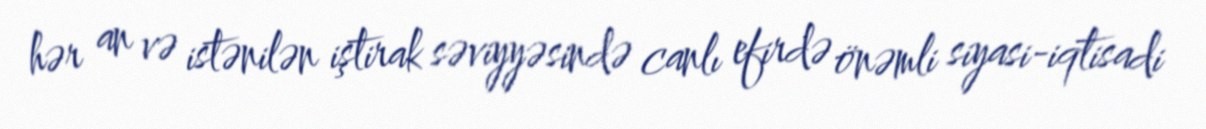
hər an və istənilən iştirak səviyyəsində canlı efirdə önəmli siyasi-iqtisadi